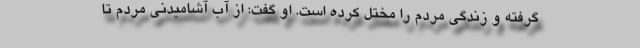
گرفته و زندگی مردم را مختل کرده است. او گفت: از آب آشامیدنی مردم تا